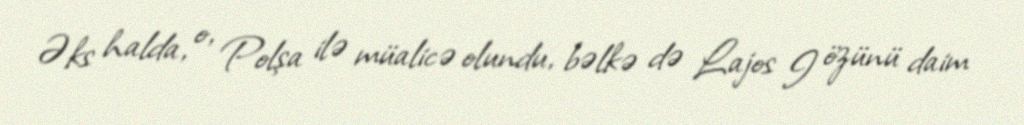
Əks halda, o, Polşa ilə müalicə olundu, bəlkə də Lajos I özünü daim